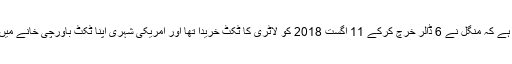
امریکی خبر رساں ادارے فوکس نیوز کا کہنا ہے کہ منگل نے 6 ڈالر خرچ کرکے 11 اگست 2018 کو لاٹری کا ٹکٹ خریدا تھا اور امریکی شہری اپنا ٹکٹ باورچی خانے میں رکھ کر بھول گیا اور شہر سے باہر چلا گیا۔